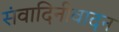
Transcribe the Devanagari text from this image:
संवादिनीवादन